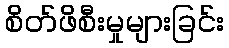
စိတ်ဖိစီးမှုများခြင်း